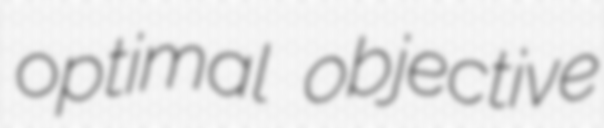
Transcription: optimal objective